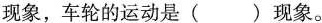
现象，车轮的运动是( )现象。